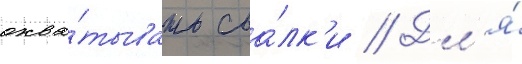
охва́тывать сва́лк'и // Дл'я́